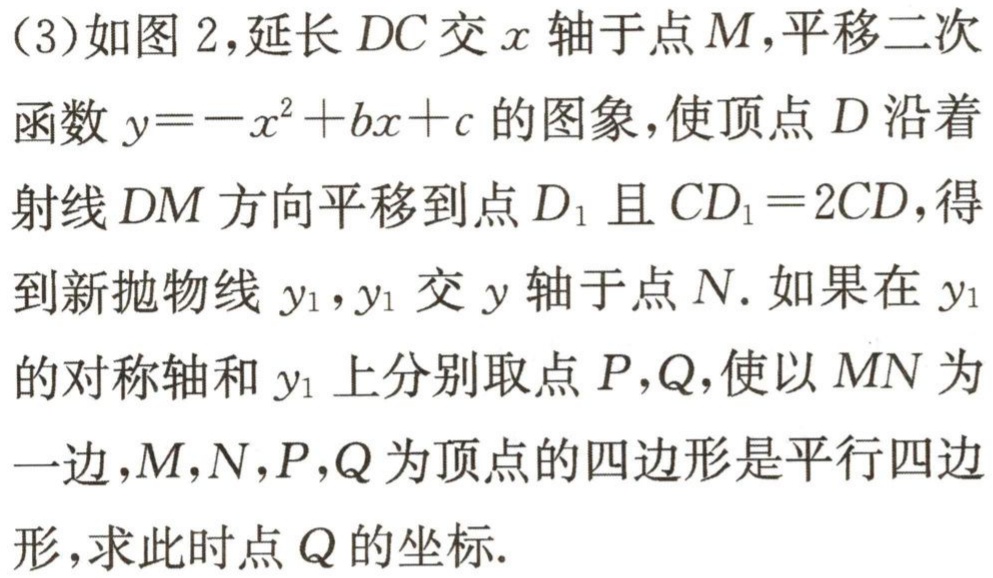
(3)如图2,延长$DC$交$x$轴于点$M$,平移二次
函数$y = -x^{2}+bx + c$的图象,使顶点$D$沿着
射线$DM$方向平移到点$D_{1}$且$CD_{1}=2CD$,得
到新抛物线$y_{1}$,$y_{1}$交$y$轴于点$N$.如果在$y_{1}$
的对称轴和$y_{1}$上分别取点$P,Q$,使以$MN$为
一边,$M,N,P,Q$为顶点的四边形是平行四边
形,求此时点$Q$的坐标.